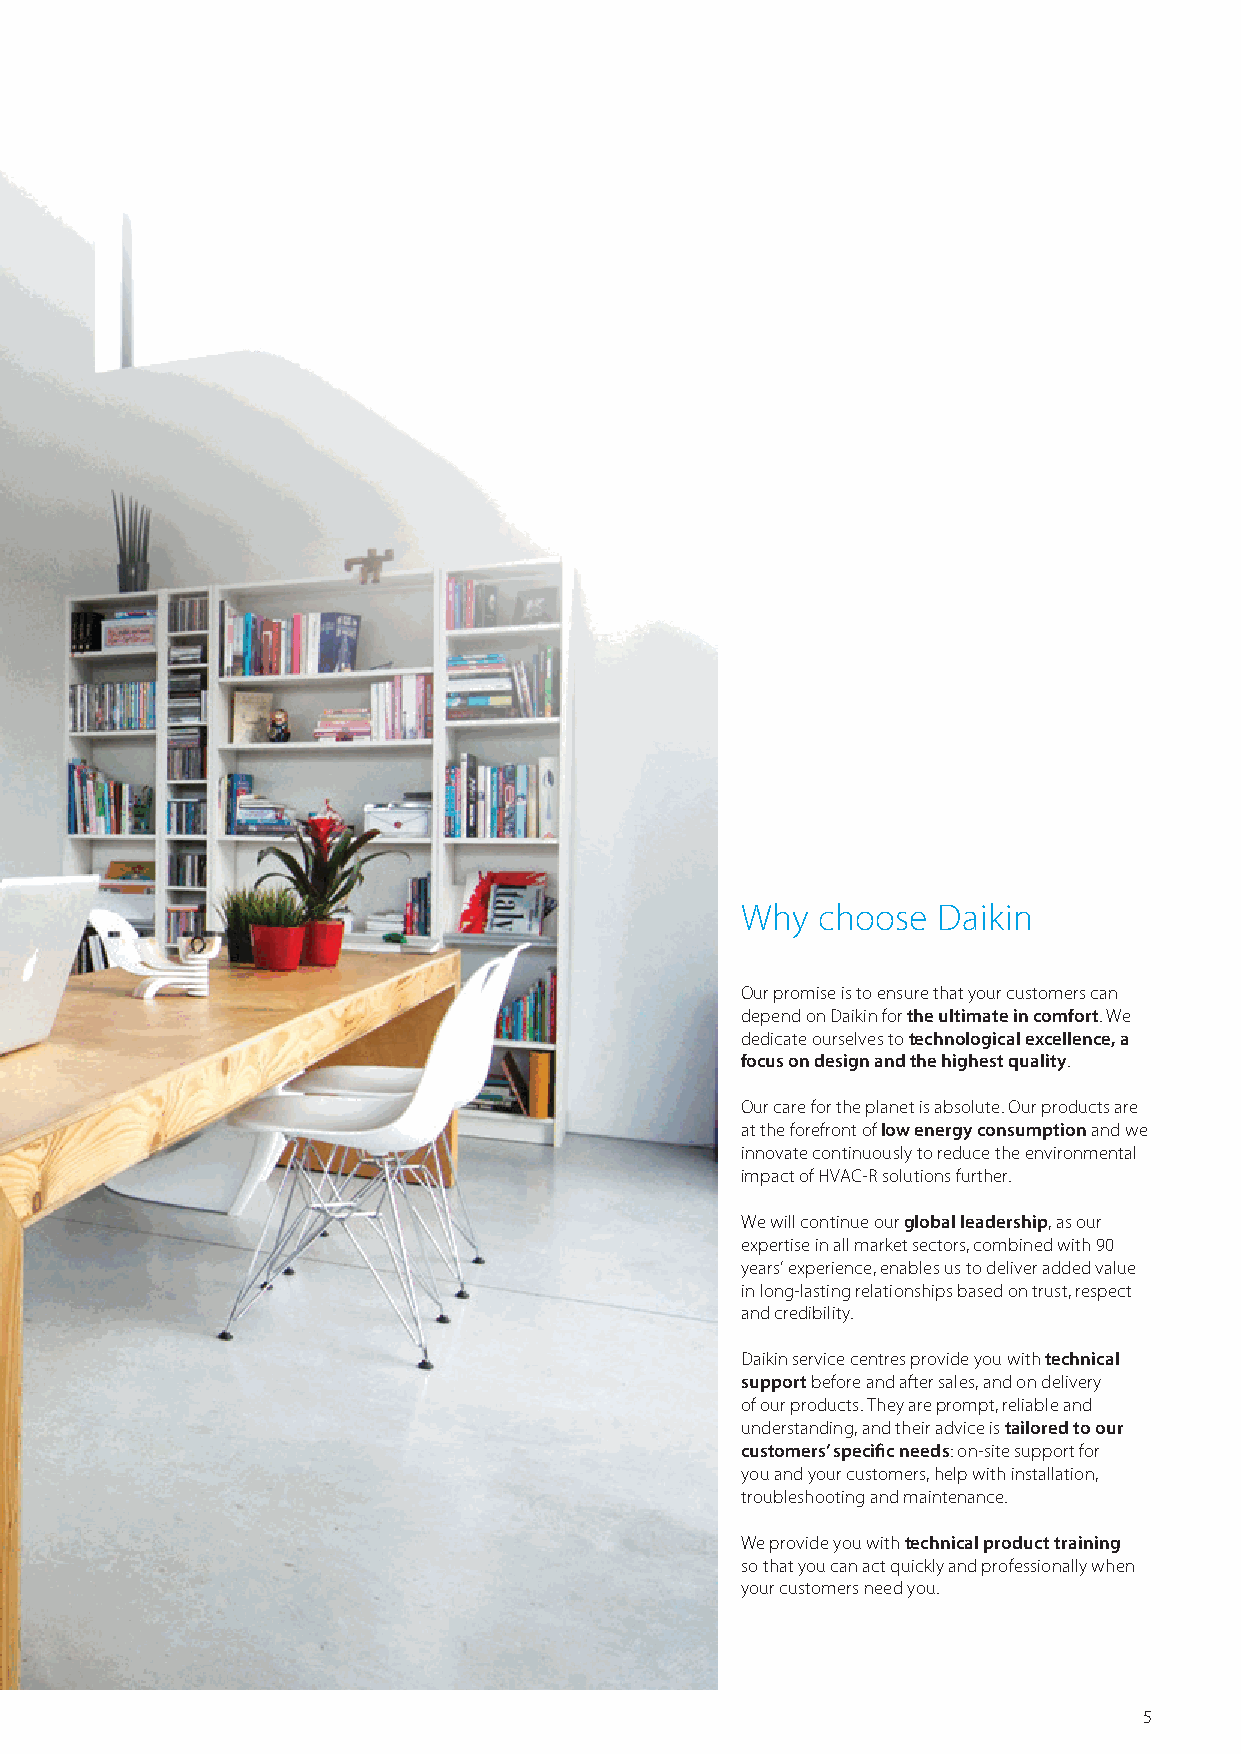
Why  choose  Daikin
 Our promise is to ensure that your customers can
 depend on Daikin for the ultimate in comfort. We
 dedicate ourselves to technological excellence, a
 focus on design and the highest quality.
 Our care for the planet is absolute. Our products are
 at the forefront of low energy consumption and we
 innovate continuously to reduce the environmental
 impact of HVAC-R solutions further.
 We will continue our global leadership, as our
 expertise in all market sectors, combined with 90
 years’ experience, enables us to deliver added value
 in long-lasting relationships based on trust, respect
 and credibility.
 Daikin service centres provide you with technical
 support before and after sales, and on delivery
 of our products. They are prompt, reliable and
 understanding, and their advice is tailored to our
 customers’ specific needs: on-site support for
 you and your customers, help with installation,
 troubleshooting and maintenance.
 We provide you with technical product training
 so that you can act quickly and professionally when
 your customers need you.
 5